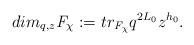
LaTeX: \begin{align*}dim_{q,z} \mathit{F_{\chi}}:= tr_{\mathit{F_{\chi}}}q^{2L_0}z^{h_0}.\end{align*}